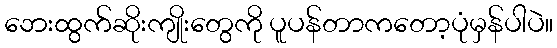
ဘေးထွက်ဆိုးကျိုးတွေကို ပူပန်တာကတော့ပုံမှန်ပါပဲ။